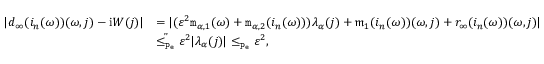
\begin{array} { r l } { | d _ { \infty } ( i _ { n } ( \omega ) ) ( \omega , j ) - \mathrm { i } W ( j ) | } & { = | ( \varepsilon ^ { 2 } \mathtt { m } _ { \alpha , 1 } ( \omega ) + \mathtt { m } _ { \alpha , 2 } ( i _ { n } ( \omega ) ) ) \lambda _ { \alpha } ( j ) + \mathfrak { m } _ { 1 } ( i _ { n } ( \omega ) ) ( \omega , j ) + r _ { \infty } ( i _ { n } ( \omega ) ) ( \omega , j ) | } \\ & { \overset { , , } { \le _ { \mathtt { p _ { e } } } } \varepsilon ^ { 2 } | \lambda _ { \alpha } ( j ) | \le _ { \mathtt { p _ { e } } } \varepsilon ^ { 2 } , } \end{array}